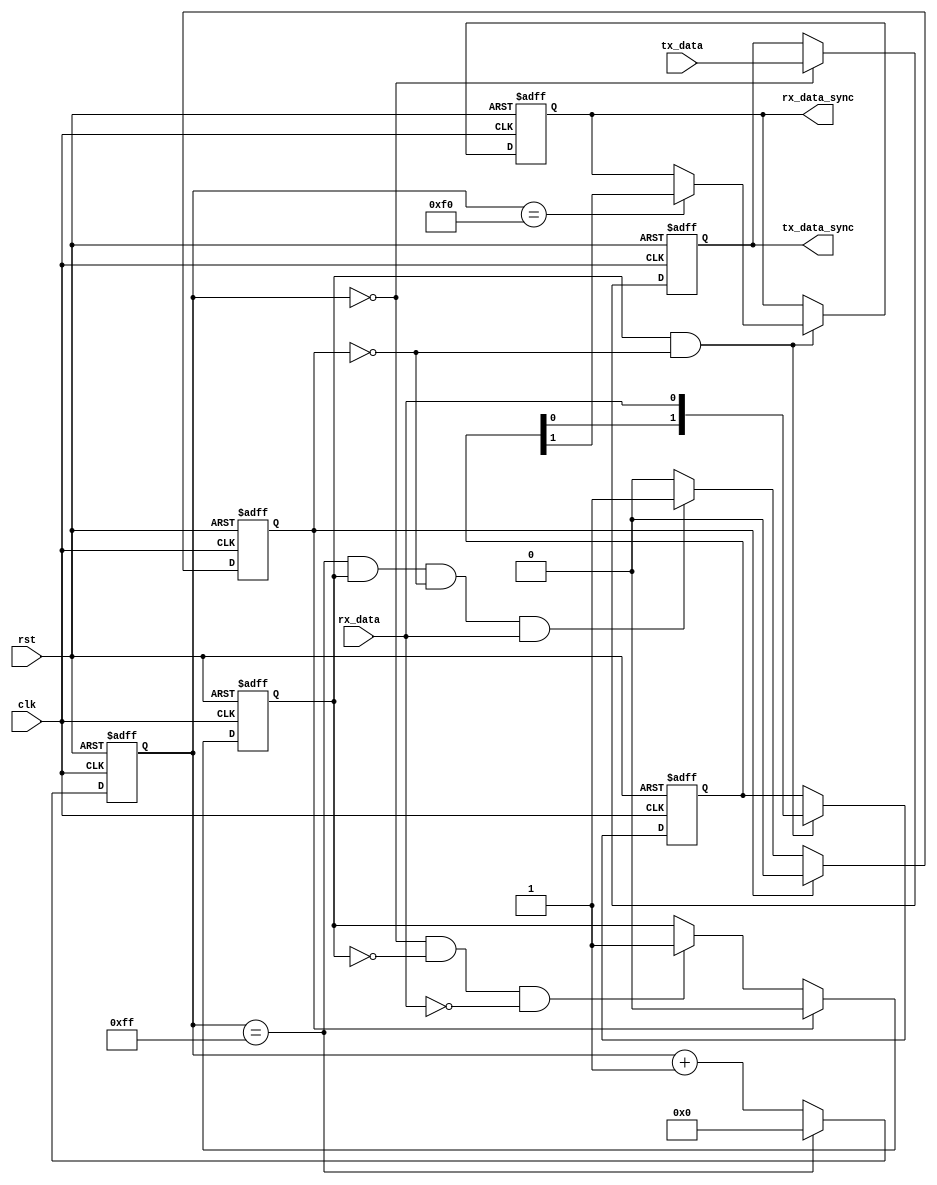
module uart_timing_ctrl(
    input wire clk, // system clock
    input wire rst, // system reset
    input wire tx_data, // data to be transmitted
    output reg tx_data_sync, // synchronized data signal for transmission
    input wire rx_data, // received data
    output reg rx_data_sync // synchronized data signal for reception
);

reg [7:0] baud_rate_counter; // counter for baud rate generation
reg start_bit_detect; // flag for start bit detection
reg stop_bit_detect; // flag for stop bit detection
reg [1:0] data_shift_reg; // shift register for data bits

always @(posedge clk or posedge rst) begin
    if (rst) begin
        baud_rate_counter <= 8'h00;
        start_bit_detect <= 1'b0;
        stop_bit_detect <= 1'b0;
        data_shift_reg <= 2'b00;
        tx_data_sync <= 1'b0;
        rx_data_sync <= 1'b0;
    end else begin
        // Baud rate generation
        if (baud_rate_counter == 8'hFF) begin
            baud_rate_counter <= 8'h00;
        end else begin
            baud_rate_counter <= baud_rate_counter + 1;
        end
        
        // Data synchronization for transmission
        if (baud_rate_counter == 8'h00) begin
            tx_data_sync <= tx_data;
        end
        
        // Start and stop bit detection
        if (baud_rate_counter == 8'h00 && start_bit_detect == 1'b0 && rx_data == 1'b0) begin
            start_bit_detect <= 1'b1;
        end
        
        if (baud_rate_counter == 8'hFF && start_bit_detect == 1'b1 && stop_bit_detect == 1'b0 && rx_data == 1'b1) begin
            stop_bit_detect <= 1'b1;
        end
        
        // Data synchronization for reception
        if (start_bit_detect == 1'b1 && stop_bit_detect == 1'b0) begin
            data_shift_reg <= {data_shift_reg[0], rx_data};
            if (baud_rate_counter == 8'hF0) begin
                rx_data_sync <= data_shift_reg[1];
            end
        end
        
        // Reset flags after stop bit detection
        if (stop_bit_detect == 1'b1) begin
            start_bit_detect <= 1'b0;
            stop_bit_detect <= 1'b0;
        end
    end
end

endmodule